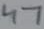
Text: 47